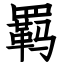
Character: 羁